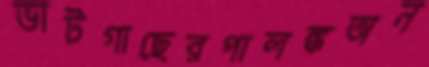
ভাটগাছেরপালঙ্কঅন